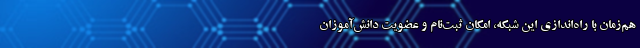
هم‌زمان با راه‌اندازی این شبکه، امکان ثبت‌نام و عضویت دانش‌آموزان